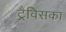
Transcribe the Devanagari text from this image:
ट्रैविसका